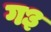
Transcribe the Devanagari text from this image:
ग३